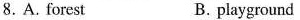
8.A. forest B. playground